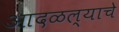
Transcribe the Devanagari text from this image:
आदळल्याचे